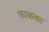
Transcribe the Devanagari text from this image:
फाकका